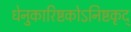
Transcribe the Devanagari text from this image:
धेनुकारिष्टकोऽनिष्टकृद्